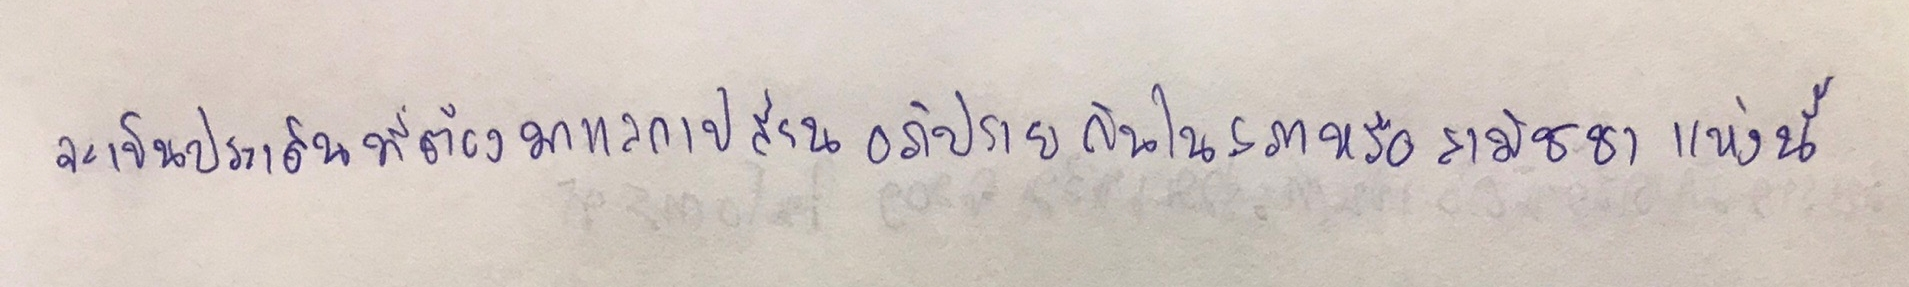
จะเป็นประเด็นที่ต้องมาแลกเปลี่ยนอภิปรายกันในสภาหรือสมัชชาแห่งนี้